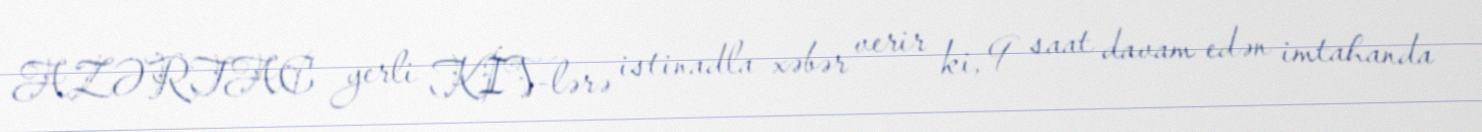
AZƏRTAC yerli KİV-lərə istinadla xəbər verir ki, 9 saat davam edən imtahanda